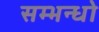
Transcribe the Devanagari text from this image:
सम्भन्धो